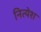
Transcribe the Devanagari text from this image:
नित्येश